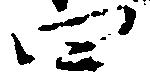
四